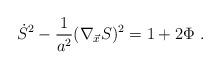
LaTeX: \begin{align*} \dot S^2 -{1\over a^2}(\nabla_{\vec x}S)^2=1+2\Phi \ .\end{align*}